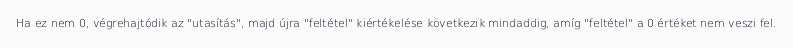
Ha ez nem 0, végrehajtódik az "utasítás", majd újra "feltétel" kiértékelése következik mindaddig, amíg "feltétel" a 0 értéket nem veszi fel.